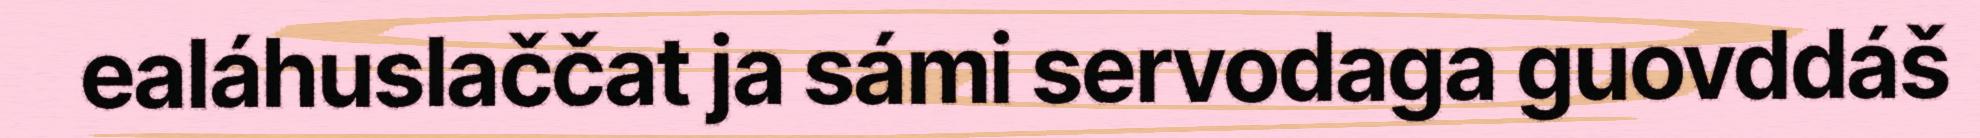
ealáhuslaččat ja sámi servodaga guovddáš